Leaving Certificate Examination (including Day School Certificate (Higher) General paper), 1927
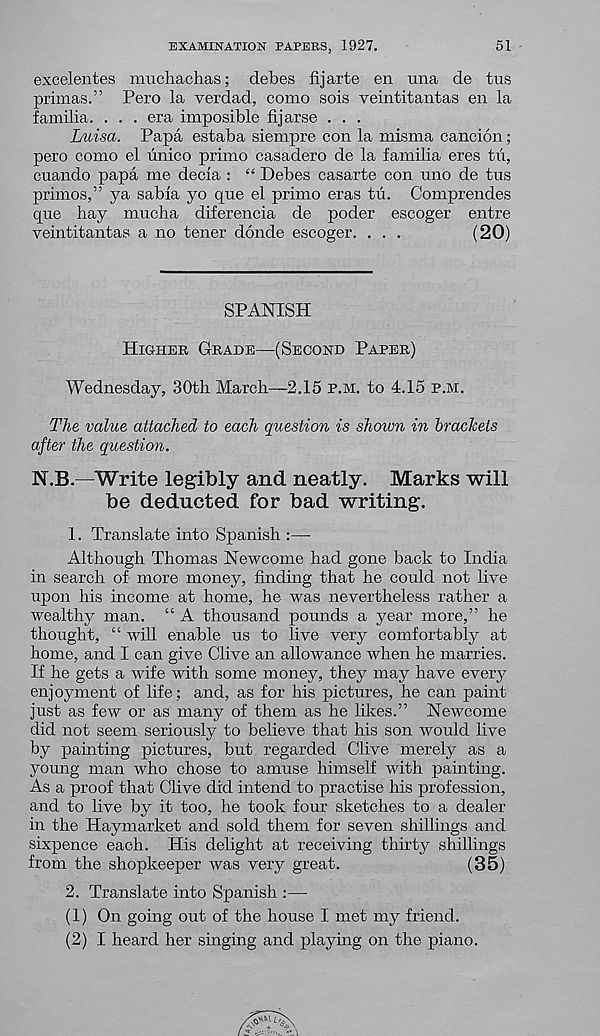
EXAMINATION PAPERS, 1927,
51
excelentes imichachas; debes fijarte en una de tus
primas.” Pero la verdad, como sols veintitantas en la
familia. . . . era imposible fijarse . . .
Luisa. Papa estaba siempre con la misma cancion;
pero como el iinico primo casadero de la familia eres tii,
cuando papa me decia : “ Debes casarte con uno de tus
primes, ” ya sabia yo que el primo eras tu. Comprendes
que hay mucha diferencia de poder escoger entre
veintitantas a no tener donde escoger. . . .
(20)
SPANISH
Higher Grade—(Second Paper)
Wednesday, 30th March—2.15 p.m. to 4.15 p.m.
The value attached to each question is shown in brackets
after the question.
N.B.—Write legibly and neatly. Marks will
be deducted for bad writing.
1. Translate into Spanish :—
Although Thomas Newcome had gone back to India
in search of more money, finding that he could not live
upon his income at home, he was nevertheless rather a
wealthy man. “ A thousand pounds a year more,” he
thought, “ will enable us to live very comfortably at
home, and I can give Clive an allowance when he marries.
If he gets a wife with some money, they may have every
enjoyment of life; and, as for his pictures, he can paint
just as few or as many of them as he likes.” Newcome
did not seem seriously to believe that his son would live
by painting pictures, but regarded Clive merely as a
young man who chose to amuse himself with painting.
As a proof that Clive did intend to practise his profession,
and to live by it too, he took four sketches to a dealer
in the Haymarket and sold them for seven shillings and
sixpence each. His delight at receiving thirty shillings
from the shopkeeper was very great.
(35)
2. Translate into Spanish :—
(1) On going out of the house I met my friend.
(2) I heard her singing and playing on the piano.